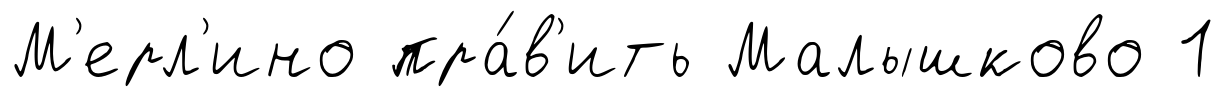
М'ерл'ино пра́в'ить Малышково 1